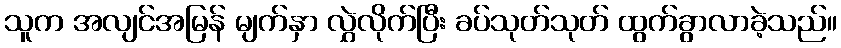
သူက အလျင်အမြန် မျက်နှာ လွှဲလိုက်ပြီး ခပ်သုတ်သုတ် ထွက်ခွာလာခဲ့သည်။